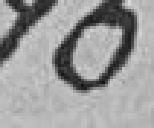
70